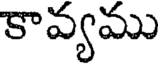
కావ్యము